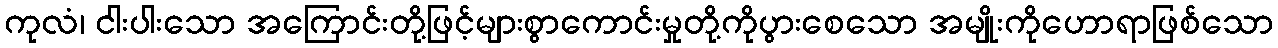
ကုလံ၊ ငါးပါးသော အကြောင်းတို့ဖြင့်များစွာကောင်းမှုတို့ကိုပွားစေသော အမျိုးကိုဟောရာဖြစ်သော